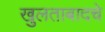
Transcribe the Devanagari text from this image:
खुलताबादचे